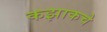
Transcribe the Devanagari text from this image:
कझाकचे